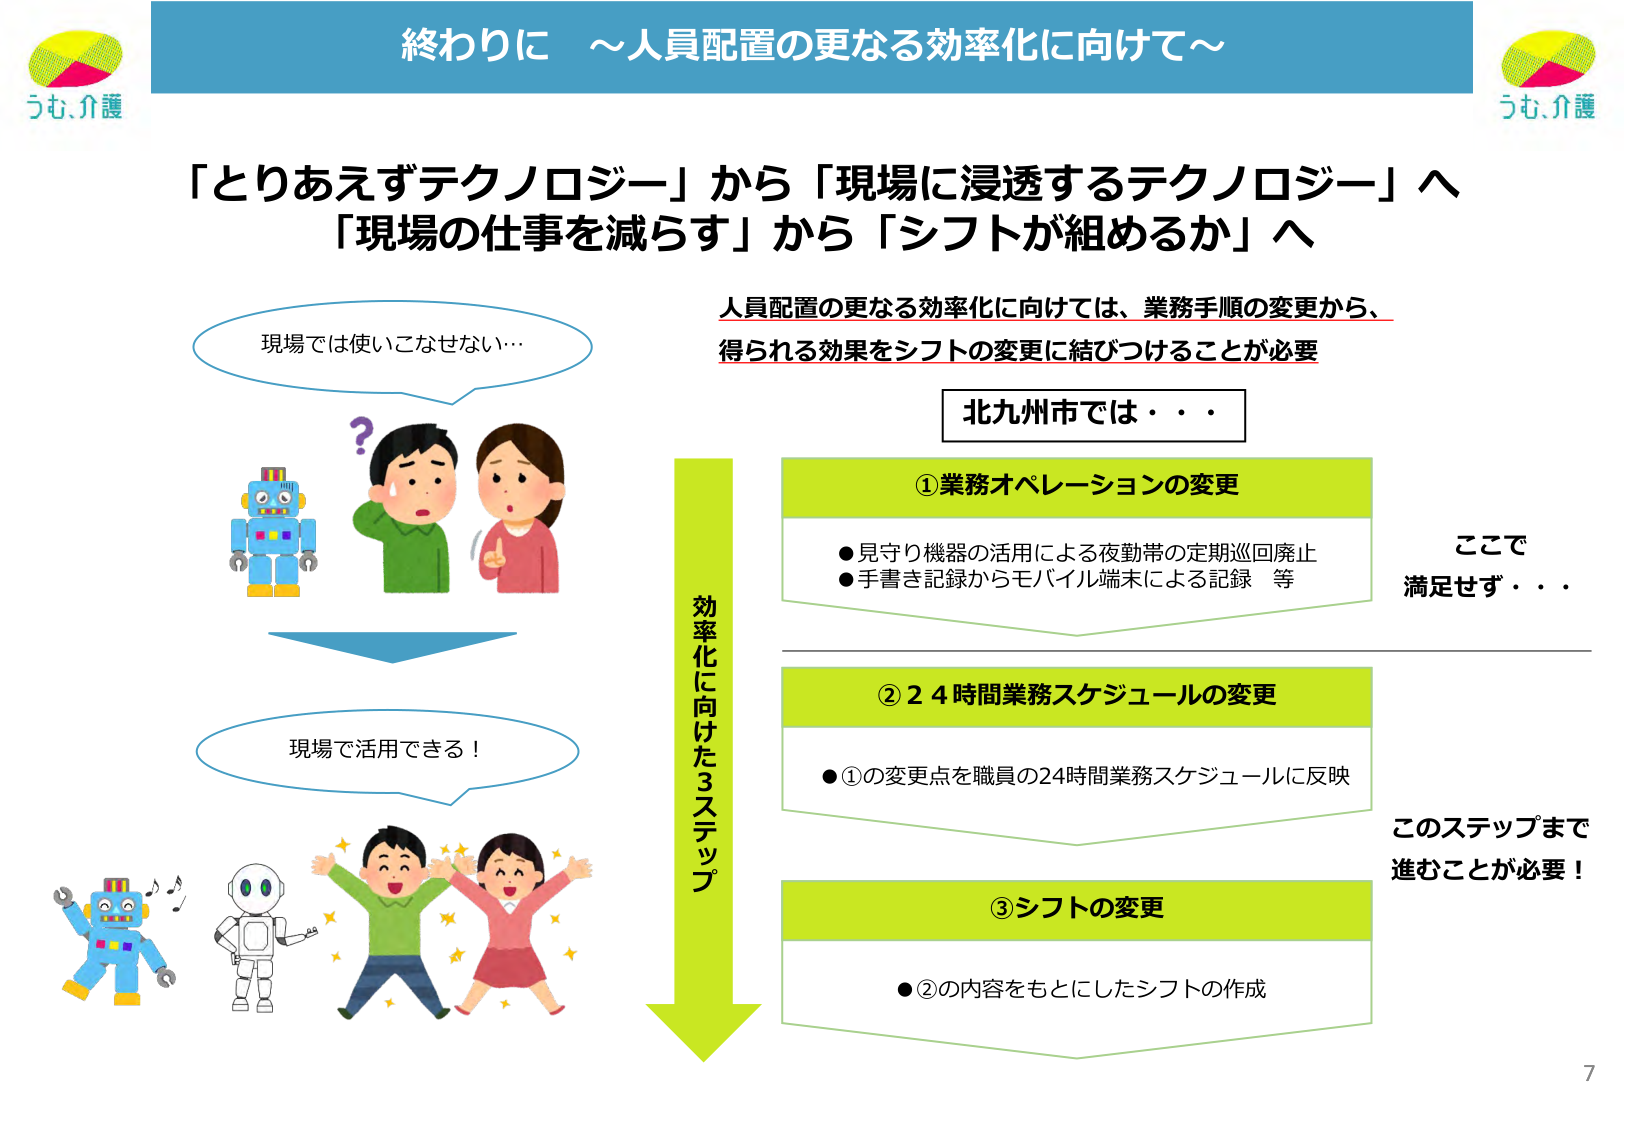
終わりに ～人員配置の更なる効率化に向けて～

「とりあえずテクノロジー」から「現場に浸透するテクノロジー」へ
「現場の仕事を減らす」から「シフトが組めるか」へ

現場では使いこなせない…
？
現場で活用できる！

人員配置の更なる効率化に向けては、業務手順の変更から、
得られる効果をシフトの変更に結びつけることが必要

北九州市では・・・

効率化に向けた3ステップ

①業務オペレーションの変更
●見守り機器の活用による夜勤帯の定期巡回廃止
●手書き記録からモバイル端末による記録 等

ここで
満足せず・・・

②24時間業務スケジュールの変更
●①の変更点を職員の24時間業務スケジュールに反映

このステップまで
進むことが必要！

③シフトの変更
●②の内容をもとにしたシフトの作成

うも、介護
うも、介護
7